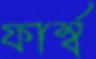
ফার্স্ব